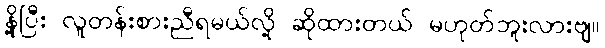
နို့ပြီး လူတန်းစားညီရမယ်လို့ ဆိုထားတယ် မဟုတ်ဘူးလားဗျ။